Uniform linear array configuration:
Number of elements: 32
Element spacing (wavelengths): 0.75
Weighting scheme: kaiser
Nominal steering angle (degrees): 45
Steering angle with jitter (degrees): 44.526
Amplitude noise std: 0.05
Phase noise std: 0.05

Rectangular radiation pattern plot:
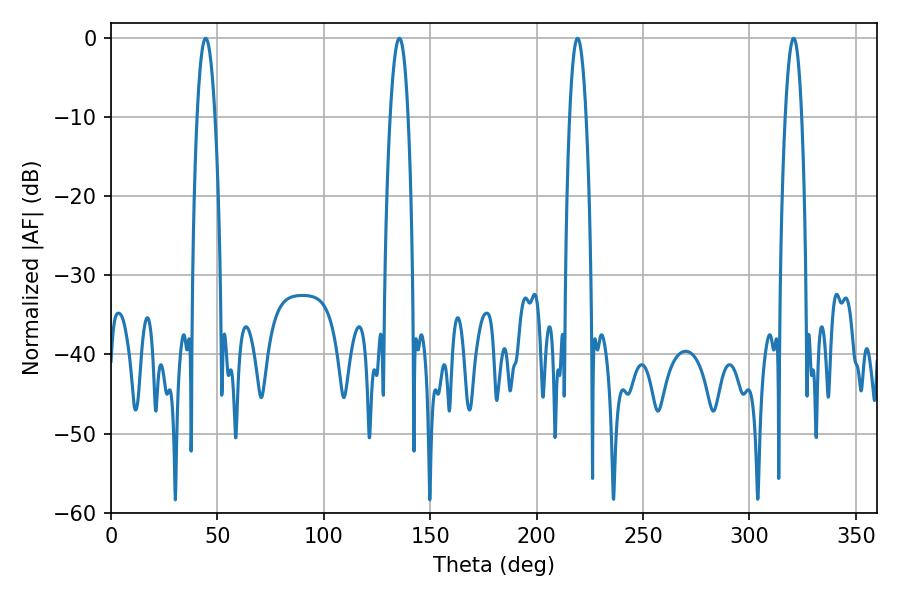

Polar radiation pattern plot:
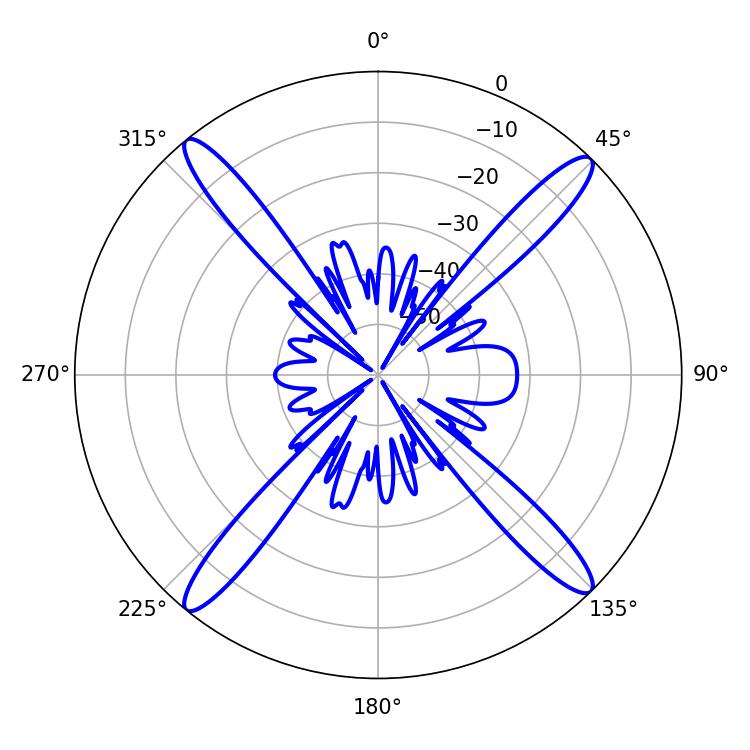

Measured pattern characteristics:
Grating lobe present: TRUE
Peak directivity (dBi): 19.782
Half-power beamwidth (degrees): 4.32
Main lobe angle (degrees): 219.24